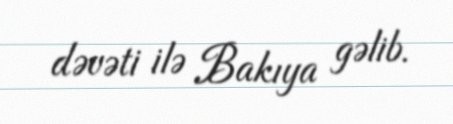
dəvəti ilə Bakıya gəlib.